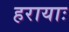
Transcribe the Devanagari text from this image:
हरायाः